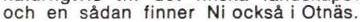
och en sådan finner Ni också i Otnäs.